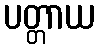
ပတ္တာယ